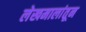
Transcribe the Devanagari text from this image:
लेखमालांतून